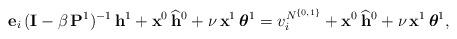
LaTeX: \begin{align*}\mathbf{e}_i \,(\mathbf{I}-\beta \,\mathbf{P}^{1})^{-1} \, \mathbf{h}^{1} + \mathbf{x}^0 \, \widehat{\mathbf{h}}^0 + \nu \, \mathbf{x}^1 \,\boldsymbol{\theta}^1 = v_i^{N^{\{0, 1\}}} + \mathbf{x}^0 \, \widehat{\mathbf{h}}^0 + \nu \, \mathbf{x}^1 \,\boldsymbol{\theta}^1, \end{align*}